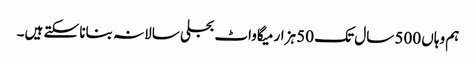
ہم وہاں 500 سال تک 50 ہزار میگاواٹ بجلی سالانہ بنانا سکتے ہیں۔